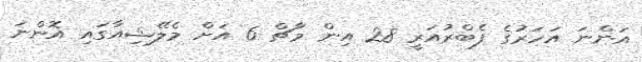
އަންނަ އަހަރުގެ ފެބްރުއަރީ 28 އިން މާޗް 6 އަށް މެލޭޝިއާގައި އޮންނަ